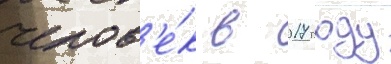
челов'е́к в 2017 году